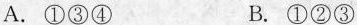
A.①③④ B.①②③